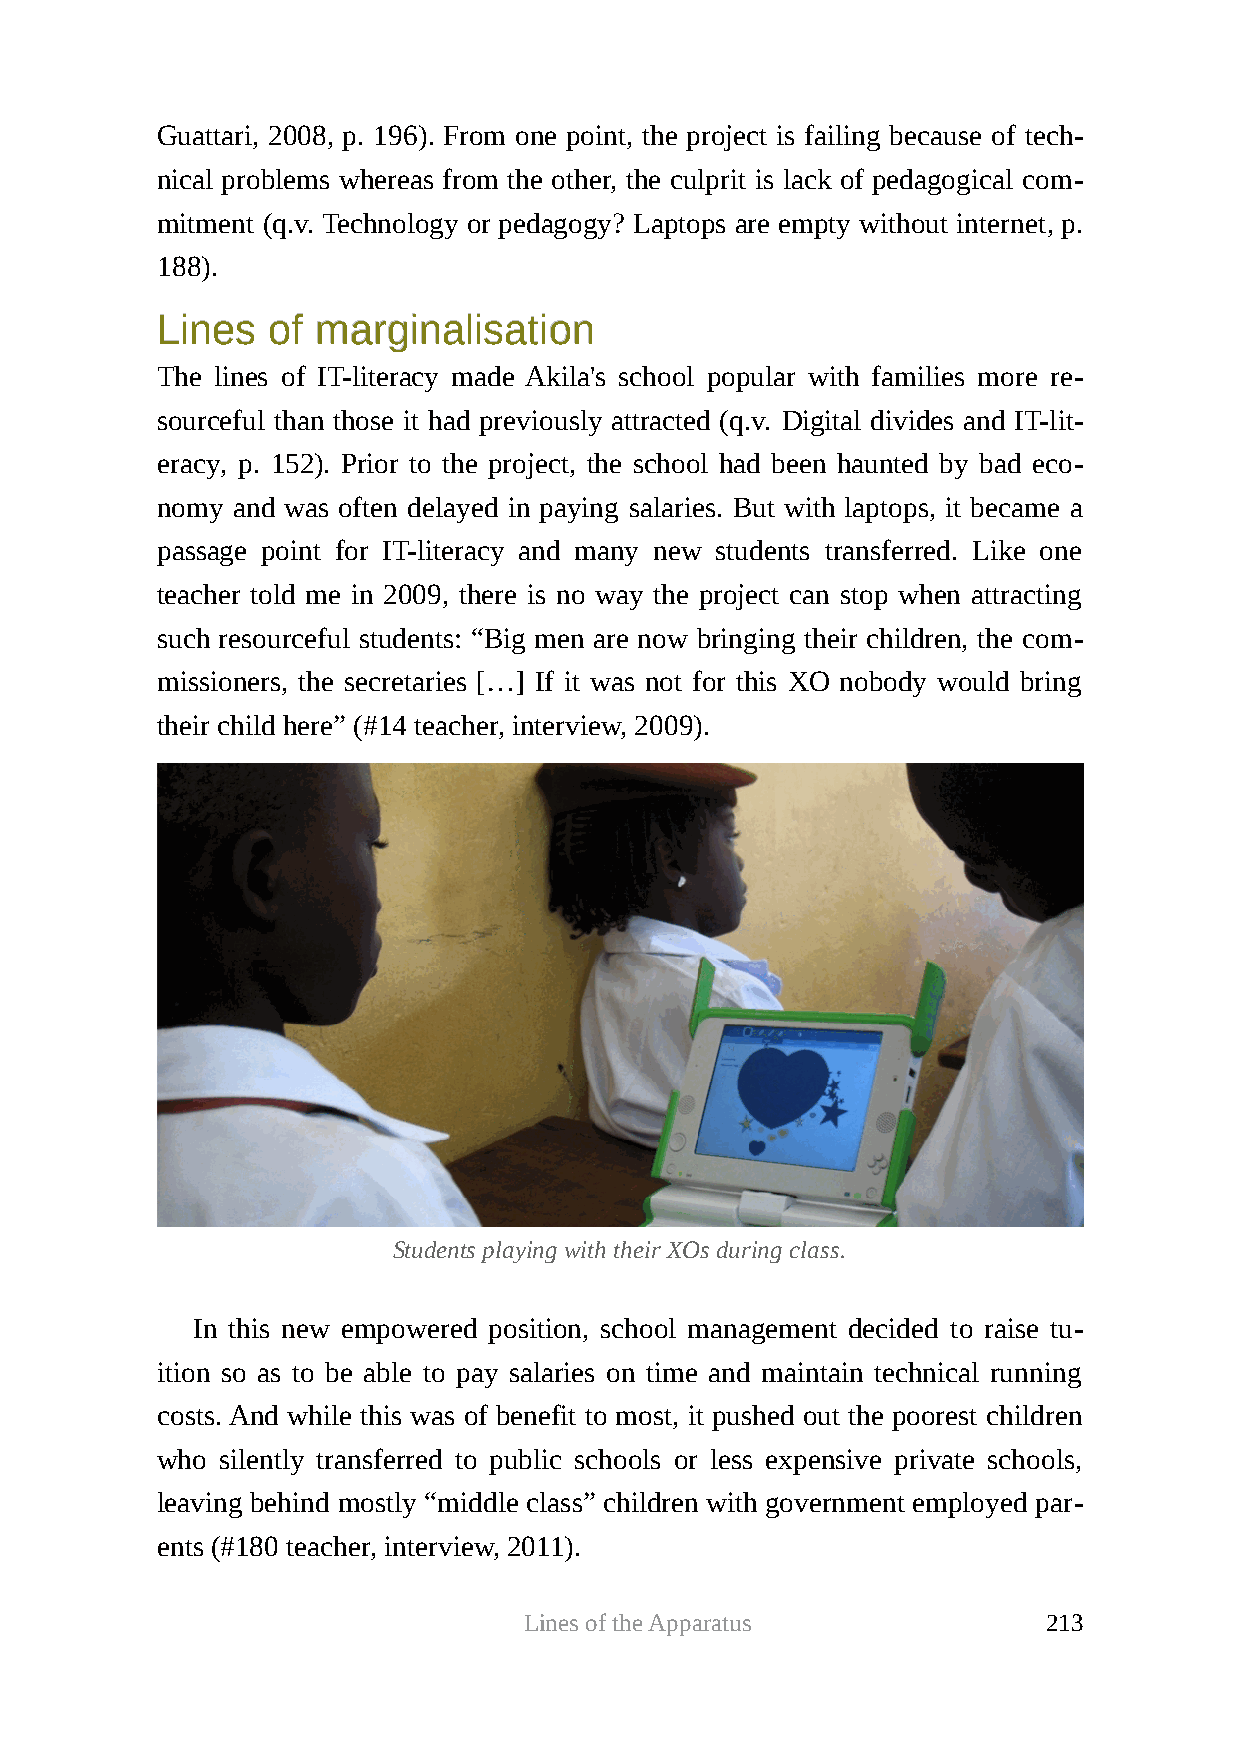
Guattari, 2008, p. 196). From one point, the project is failing because of tech-
 nical problems whereas from the other, the culprit is lack of pedagogical com-
 mitment (q.v. Technology or pedagogy? Laptops are empty without internet, p.
 188).
 LLiinneess ooff mmaarrggiinnaalliissaattiioonn
 The lines of IT-literacy made Akila's school popular with families more re-
 sourceful than those it had previously attracted (q.v. Digital divides and IT-lit-
 eracy, p. 152). Prior to the project, the school had been haunted by bad eco-
 nomy and was often delayed in paying salaries. But with laptops, it became a
 passage point for IT-literacy and many new students transferred. Like one
 teacher told me in 2009, there is no way the project can stop when attracting
 such resourceful students: “Big men are now bringing their children, the com-
 missioners, the secretaries […] If it was not for this XO nobody would bring
 their child here” (#14 teacher, interview, 2009).
 Students playing with their XOs during class.
 In this new empowered position, school management decided to raise tu-
 ition so as to be able to pay salaries on time and maintain technical running
 costs. And while this was of benefit to most, it pushed out the poorest children
 who  silently transferred to public schools or less expensive private schools,
 leaving behind mostly “middle class” children with government employed par-
 ents (#180 teacher, interview, 2011).
 Lines of the Apparatus            213